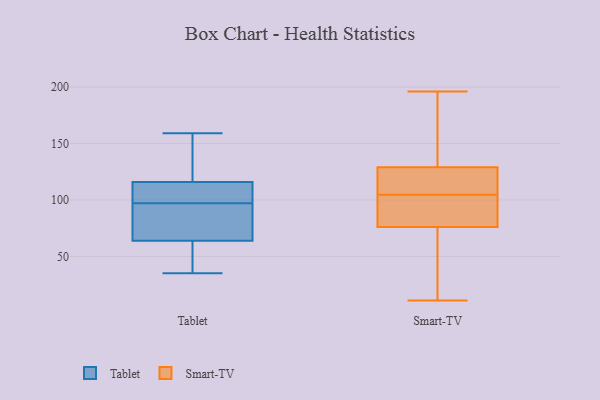
{"axis": {"x": "Demand Index", "y": "Value"}, "legend": ["Smart-TV", "Tablet"], "data": [{"x": "", "y": 117, "type": "Tablet"}, {"x": "", "y": 97, "type": "Tablet"}, {"x": "", "y": 35, "type": "Tablet"}, {"x": "", "y": 108, "type": "Tablet"}, {"x": "", "y": 159, "type": "Tablet"}, {"x": "", "y": 84, "type": "Tablet"}, {"x": "", "y": 54, "type": "Tablet"}, {"x": "", "y": 113, "type": "Tablet"}, {"x": "", "y": 57, "type": "Tablet"}, {"x": "", "y": 87, "type": "Tablet"}, {"x": "", "y": 128, "type": "Tablet"}, {"x": "", "y": 102, "type": "Smart-TV"}, {"x": "", "y": 175, "type": "Smart-TV"}, {"x": "", "y": 107, "type": "Smart-TV"}, {"x": "", "y": 119, "type": "Smart-TV"}, {"x": "", "y": 129, "type": "Smart-TV"}, {"x": "", "y": 147, "type": "Smart-TV"}, {"x": "", "y": 82, "type": "Smart-TV"}, {"x": "", "y": 11, "type": "Smart-TV"}, {"x": "", "y": 61, "type": "Smart-TV"}, {"x": "", "y": 116, "type": "Smart-TV"}, {"x": "", "y": 196, "type": "Smart-TV"}, {"x": "", "y": 76, "type": "Smart-TV"}, {"x": "", "y": 70, "type": "Smart-TV"}, {"x": "", "y": 97, "type": "Smart-TV"}]}